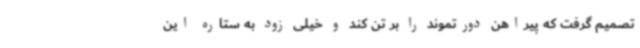
تصمیم گرفت که پیراهن دورتموند را بر تن کند و خیلی زود به ستاره این